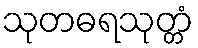
သုတဓရသုတ္တံ